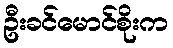
ဦးခင်မောင်စိုးက